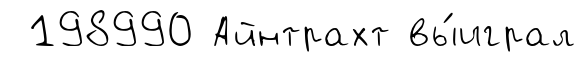
198990 Айнтрахт вы́играл